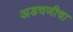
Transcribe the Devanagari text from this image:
अडचणीचा